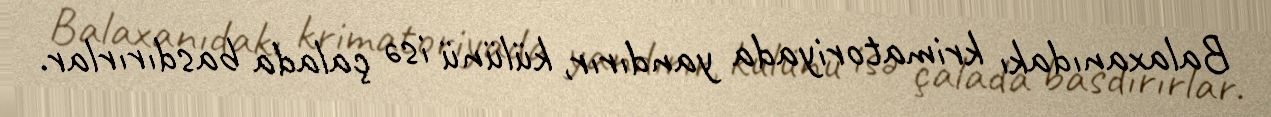
Balaxanıdakı krimatoriyada yandırır, külünü isə çalada basdırırlar.